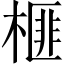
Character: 榧